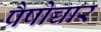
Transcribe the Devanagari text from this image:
प्रैषोच्चार